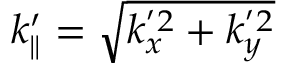
k _ { \parallel } ^ { \prime } = \sqrt { k _ { x } ^ { ' 2 } + k _ { y } ^ { ' 2 } }